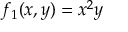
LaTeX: f _ { 1 } ( x , y ) = x ^ { 2 } y